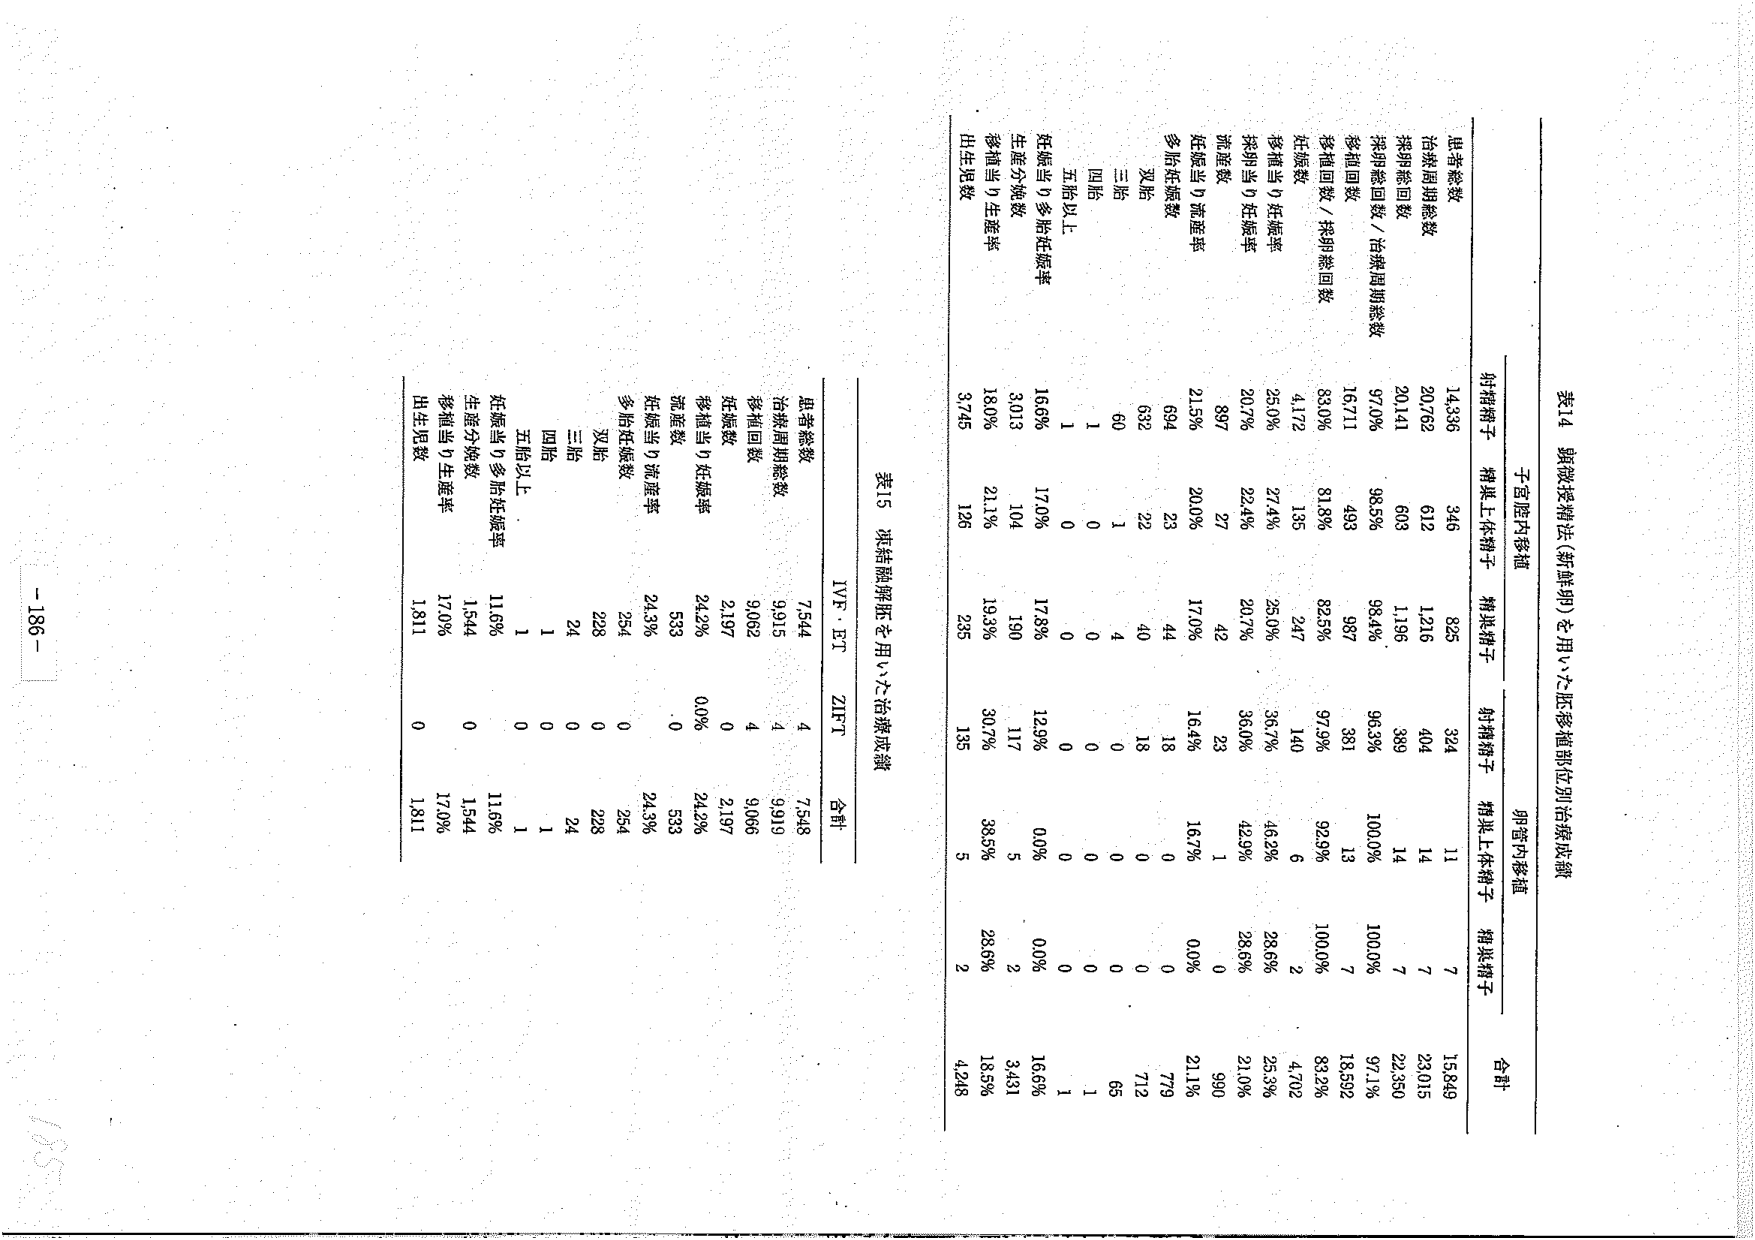
表14 顕微授精法（新鮮卵）を用いた胚移植部位別治療成績

子宮腔内移植
卵管内移植
合計

射精精子 精液上清精子 精液精子 射精精子 精液上清精子 精液精子

患者総数 14,336 346 825 324 11 7 15,849
治療周期総数 20,762 612 1,216 404 14 7 23,015
採卵総回数 20,141 603 1,196 389 14 7 22,350
採卵総回数／治療周期総数 97.0% 98.5% 98.4% 96.3% 100.0% 100.0% 97.1%
移植回数 16,711 493 987 381 13 7 18,592
移植回数／採卵総回数 83.0% 81.8% 82.5% 97.9% 92.9% 100.0% 83.2%
妊娠数 4,172 135 247 140 6 2 4,702
移植当り妊娠率 25.0% 27.4% 25.0% 36.7% 46.2% 28.6% 25.3%
採卵当り妊娠率 20.7% 22.4% 20.7% 36.0% 42.9% 28.6% 21.0%
流産数 897 27 42 23 1 0 990
妊娠当り流産率 21.5% 20.0% 17.0% 16.4% 16.7% 0.0% 21.1%
多胎妊娠数 694 23 44 18 0 0 779
双胎 632 22 40 18 0 0 712
三胎 60 1 4 0 0 0 65
四胎 1 0 0 0 0 0 1
五胎以上 1 0 0 0 0 0 1
妊娠当り多胎妊娠率 16.6% 17.0% 17.8% 12.9% 0.0% 0.0% 16.6%
生産分娩数 3,013 104 190 117 5 2 3,431
移植当り生産率 18.0% 21.1% 19.3% 30.7% 38.5% 28.6% 18.5%
出生児数 3,745 126 235 135 5 2 4,248

表15 項結胎盤胚を用いた治療成績

IVF・ET ZIFT 合計

患者総数 7,544 4 7,548
治療周期総数 9,915 4 9,919
移植回数 9,062 4 9,066
妊娠数 2,197 0 2,197
移植当り妊娠率 24.2% 0.0% 24.2%
流産数 533 0 533
妊娠当り流産率 24.3% 0 24.3%
多胎妊娠数 254 0 254
双胎 228 0 228
三胎 24 0 24
四胎 1 0 1
五胎以上 1 0 1
妊娠当り多胎妊娠率 11.6% 0 11.6%
生産分娩数 1,544 0 1,544
移植当り生産率 17.0% 0 17.0%
出生児数 1,811 0 1,811

- 186 -